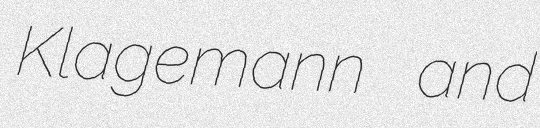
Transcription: Klagemann and